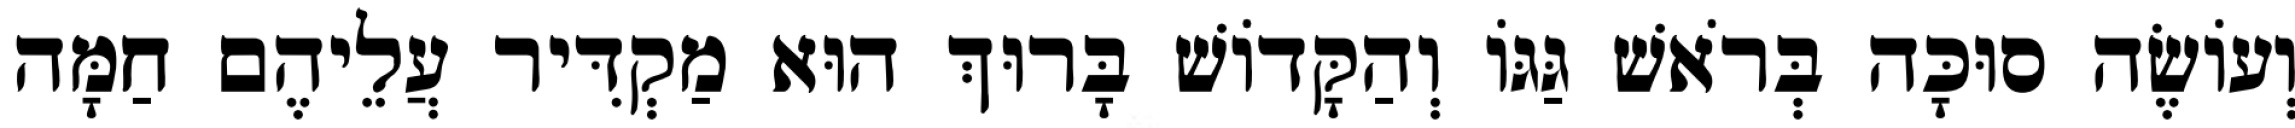
וְעוֹשֶׂה סוּכָּה בְּרֹאשׁ גַּגּוֹ וְהַקָּדוֹשׁ בָּרוּךְ הוּא מַקְדִּיר עֲלֵיהֶם חַמָּה